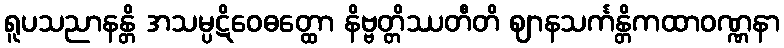
ရူပသညာနန္တိ အသမ္ပဋိဝေဓတ္ထော နိဗ္ဗတ္တိဿတီတိ ဈာနသင်္ကန္တိကထာဝဏ္ဏနာ